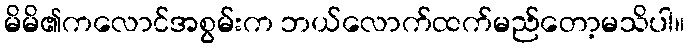
မိမိ၏ကလောင်အစွမ်းက ဘယ်လောက်ထက်မည်တော့မသိပါ။